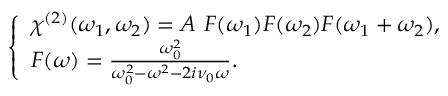
\left\{ \begin{array} { l l } { \chi ^ { ( 2 ) } ( \omega _ { 1 } , \omega _ { 2 } ) = A \ F ( \omega _ { 1 } ) F ( \omega _ { 2 } ) F ( \omega _ { 1 } + \omega _ { 2 } ) , } \\ { F ( \omega ) = \frac { \omega _ { 0 } ^ { 2 } } { \omega _ { 0 } ^ { 2 } - \omega ^ { 2 } - 2 i \nu _ { 0 } \omega } . } \end{array} \right.